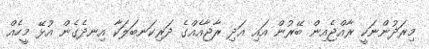
މިރަދުންނަކީ ރާއްޖެއިން ބޭރުން އައި އަދި ރާޖާއެއްގެ ދަރިކަނބަލަކާ އިނދެގެން އުޅޭ މީހެއް